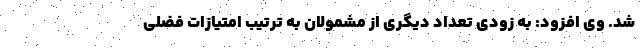
شد. وی افزود: به زودی تعداد دیگری از مشمولان به ترتیب امتیازات فضلی